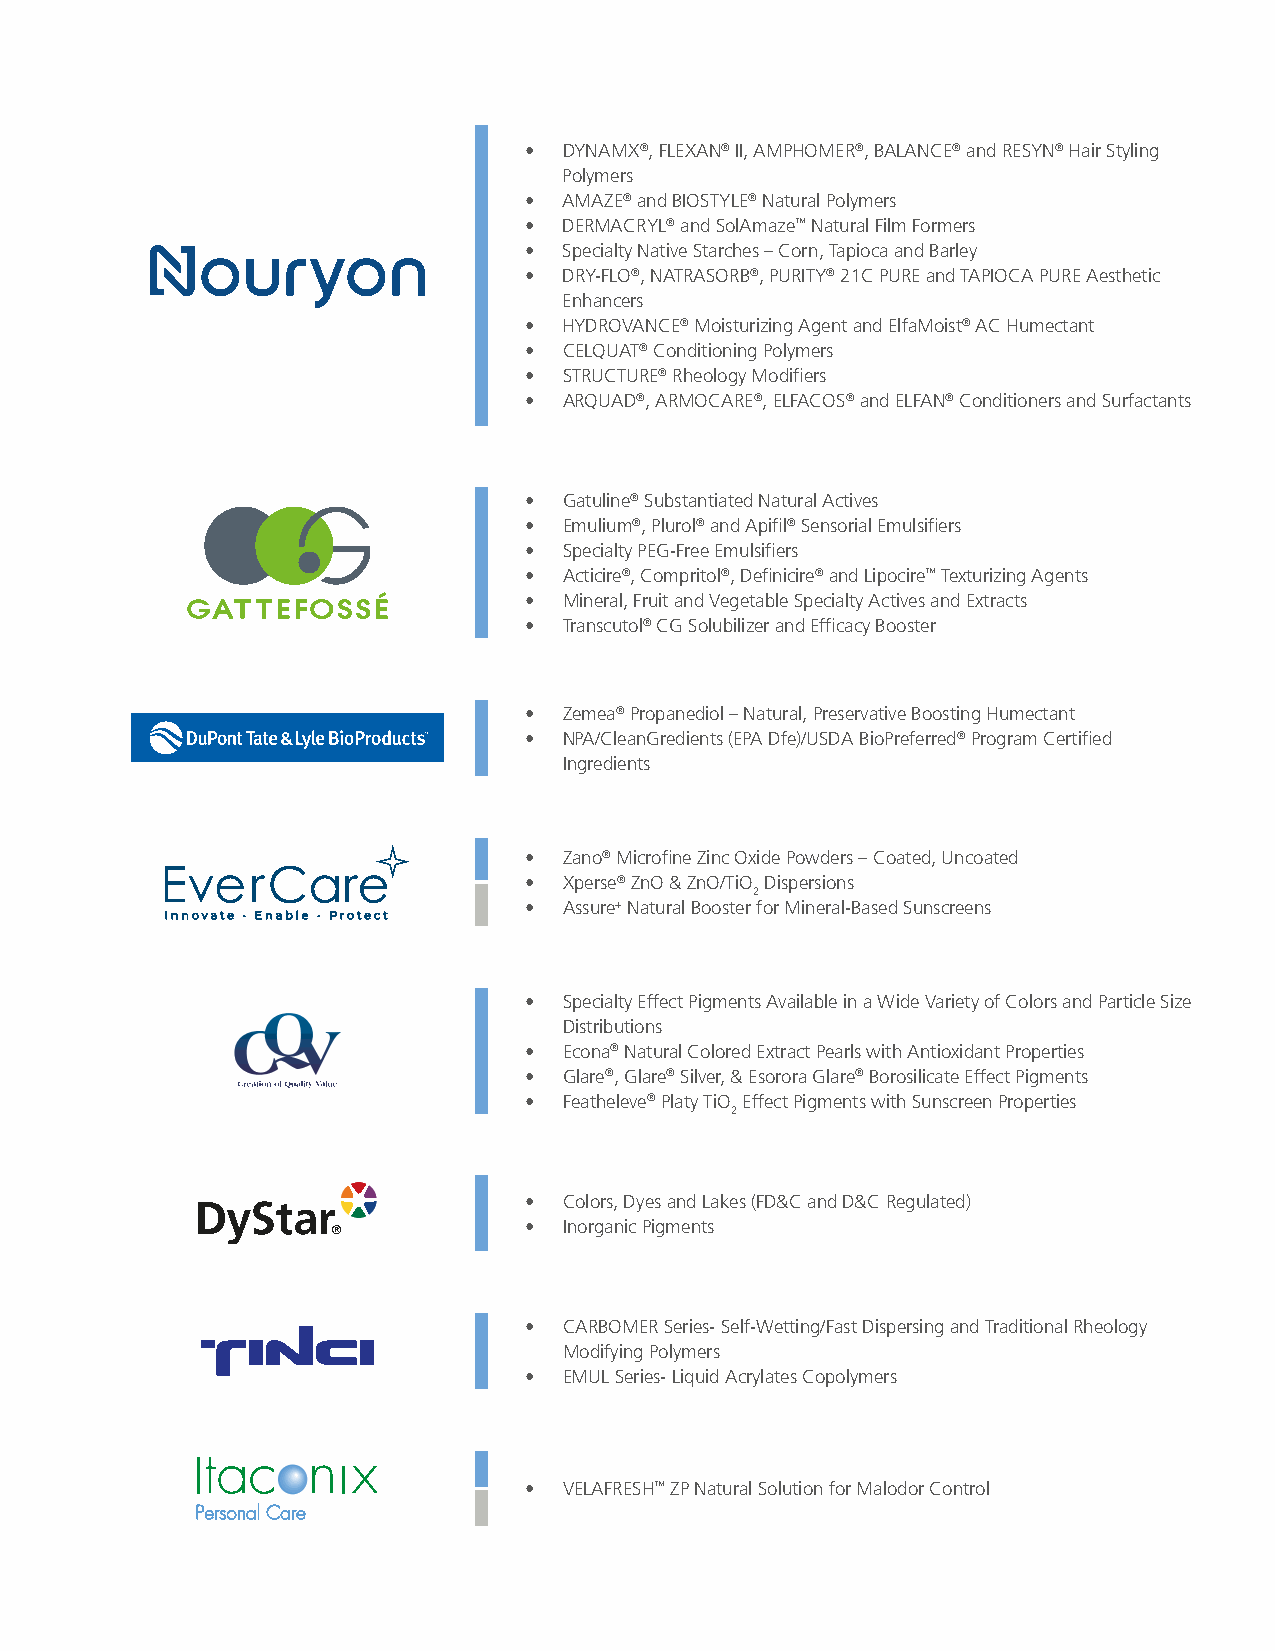
• DYNAMX®, FLEXAN® II, AMPHOMER®, BALANCE® and RESYN® Hair Styling
 Polymers
 • AMAZE® and BIOSTYLE® Natural Polymers
 • DERMACRYL® and SolAmaze™ Natural Film Formers
 • Specialty Native Starches – Corn, Tapioca and Barley
 • DRY-FLO®, NATRASORB®, PURITY® 21C PURE and TAPIOCA PURE Aesthetic
 Enhancers
 • HYDROVANCE® Moisturizing Agent and ElfaMoist® AC Humectant
 • CELQUAT® Conditioning Polymers
 • STRUCTURE® Rheology Modifiers
 • ARQUAD®, ARMOCARE®, ELFACOS® and ELFAN® Conditioners and Surfactants
 • Gatuline® Substantiated Natural Actives
 • Emulium®, Plurol® and Apifil® Sensorial Emulsifiers
 • Specialty PEG-Free Emulsifiers
 • Acticire®, Compritol®, Definicire® and Lipocire™ Texturizing Agents
 • Mineral, Fruit and Vegetable Specialty Actives and Extracts
 • Transcutol® CG Solubilizer and Efficacy Booster
 • Zemea® Propanediol – Natural, Preservative Boosting Humectant
 • NPA/CleanGredients (EPA Dfe)/USDA BioPreferred® Program Certified
 Ingredients
 • Zano® Microfine Zinc Oxide Powders – Coated, Uncoated
 • Xperse® ZnO & ZnO/TiO Dispersions
 2
 • Assure+ Natural Booster for Mineral-Based Sunscreens
 • Specialty Effect Pigments Available in a Wide Variety of Colors and Particle Size
 Distributions
 • Econa® Natural Colored Extract Pearls with Antioxidant Properties
 • Glare®, Glare® Silver, & Esorora Glare® Borosilicate Effect Pigments
 • Featheleve® Platy TiO Effect Pigments with Sunscreen Properties
 2
 • Colors, Dyes and Lakes (FD&C and D&C Regulated)
 • Inorganic Pigments
 • CARBOMER Series- Self-Wetting/Fast Dispersing and Traditional Rheology
 Modifying Polymers
 • EMUL Series- Liquid Acrylates Copolymers
 • VELAFRESH™ ZP Natural Solution for Malodor Control